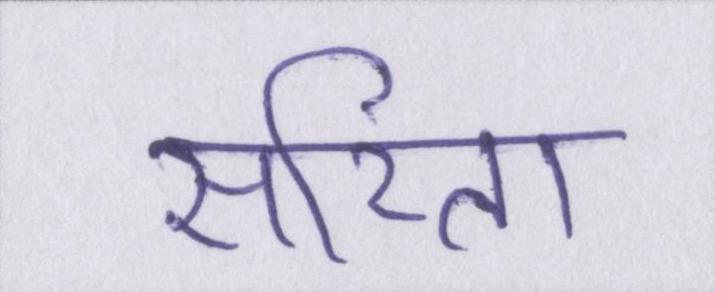
सरिता